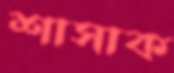
শাসাক